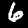
Digit: 6